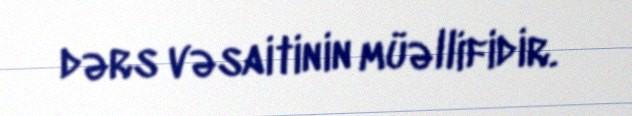
dərs vəsaitinin müəllifidir.